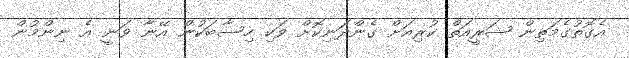
އެގޮތުގެމަތިން ޝަރީއަތް ކުރިއަށް ގެންދަނިކޮށް ވަކި ހިސާބަކުން އޭނާ ވަނީ އެ ނިންމުން